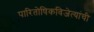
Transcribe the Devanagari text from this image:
पारितोषिकविजेत्यांची